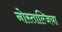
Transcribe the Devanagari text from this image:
नोस्ताल्जिया